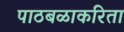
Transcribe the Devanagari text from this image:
पाठबळाकरिता